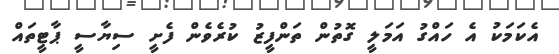
އެކަމަކު އެ ހައްގު އަމަލީ ގޮތުން ތަންފީޒު ކުރެވެން ފެށީ ސިޔާސީ ޕާޓީތައް